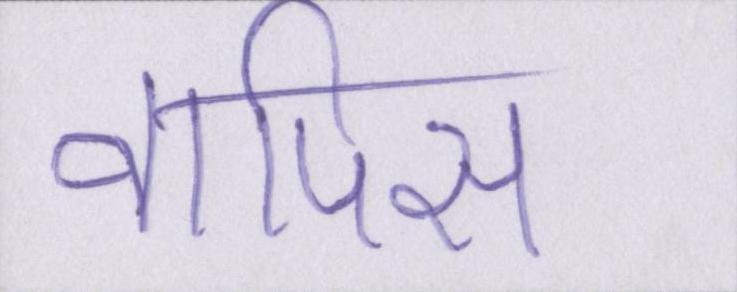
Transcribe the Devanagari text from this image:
वापिस